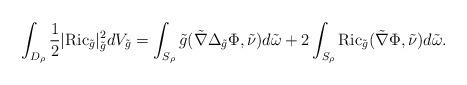
LaTeX: \begin{align*}\int_{D_{\rho}}\frac{1}{2}|\mathrm{Ric}_{\tilde{g}}|^2_{\tilde{g}}dV_{\tilde{g}}=\int_{S_{\rho}}\tilde{g}(\tilde{\nabla}\Delta_{\tilde{g}}\Phi,\tilde{\nu})d\tilde{\omega} + 2\int_{S_{\rho}}\mathrm{Ric}_{\tilde{g}}(\tilde{\nabla}\Phi,\tilde{\nu})d\tilde{\omega}.\end{align*}